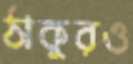
ঠাকুরও